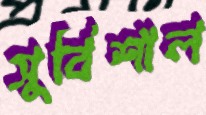
সুবিশাল